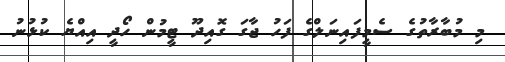
މި މުބާރާތުގެ ސެމީފައިނަލްގެ ފަހު ޖާގަ ގޮއިދޫ ޓީމުން ހޯދީ އިއްޔެ ކުޅުނު